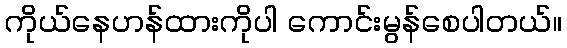
ကိုယ်နေဟန်ထားကိုပါ ကောင်းမွန်စေပါတယ်။